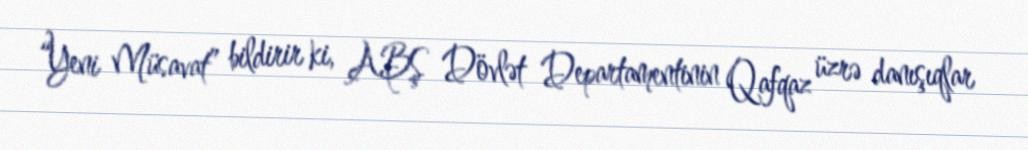
“Yeni Müsavat” bildirir ki, ABŞ Dövlət Departamentinin Qafqaz üzrə danışıqlar